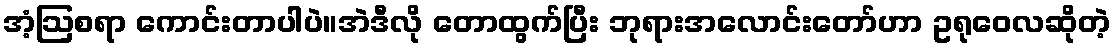
အံ့ဩစရာ ကောင်းတာပါပဲ။အဲဒီလို တောထွက်ပြီး ဘုရားအလောင်းတော်ဟာ ဥရုဝေလဆိုတဲ့